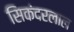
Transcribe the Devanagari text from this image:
सिकंदरलाल